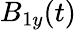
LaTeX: B_{1y}(t)